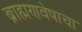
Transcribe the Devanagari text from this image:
ब्राह्मणवेषाचा